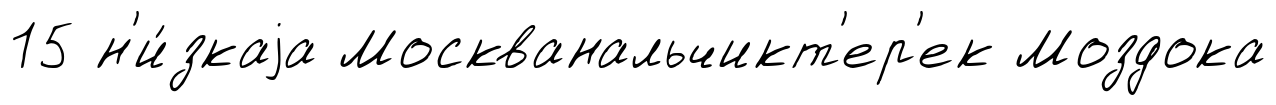
15 н'и́зкаjа Москванальчикт'ер'ек Моздока